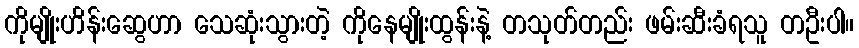
ကိုမျိုးဟိန်းဆွေဟာ သေဆုံးသွားတဲ့ ကိုနေမျိုးထွန်းနဲ့ တသုတ်တည်း ဖမ်းဆီးခံရသူ တဦးပါ။